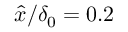
\hat { x } / \delta _ { 0 } = 0 . 2